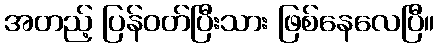
အတည့် ပြန်ဝတ်ပြီးသား ဖြစ်နေလေပြီ။